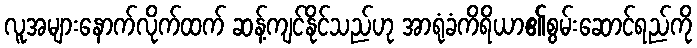
လူအများနောက်လိုက်ထက် ဆန့်ကျင်နိုင်သည်ဟု အာရုံခံကိရိယာ၏စွမ်းဆောင်ရည်ကို